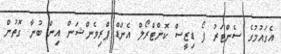
އެގައުމުގެ ސެންޓަރު ފޯ ޑިޒީސް ކޮންޓްރޯލް އެންޑް ޕްރިވެންޝަން އިން ބުނާ ގޮތުން